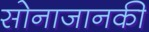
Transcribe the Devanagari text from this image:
सोनाजानकी